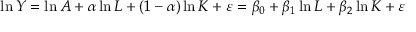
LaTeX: \ln Y = \ln A + \alpha \ln L + ( 1 - \alpha ) \ln K + \varepsilon = \beta _ { 0 } + \beta _ { 1 } \ln L + \beta _ { 2 } \ln K + \varepsilon